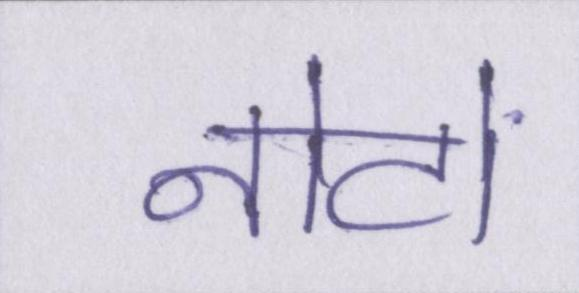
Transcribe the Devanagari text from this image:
नोटों